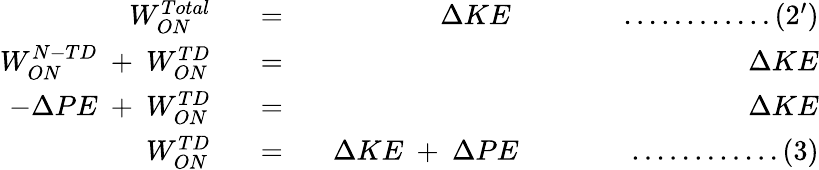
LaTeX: \begin{array}{rlr}{W_{ON}^{Total}}&{\space\space=\space\space}&{\Delta KE\qquad\qquad............(2^{\prime})}\\ {W_{ON}^{N-TD}\space+\space W_{ON}^{TD}}&{\space\space=\space\space}&{\Delta KE}\\ {-\Delta PE\space+\space W_{ON}^{TD}}&{\space\space=\space\space}&{\Delta KE}\\ {W_{ON}^{TD}}&{\space\space=\space\space}&{\Delta KE\space+\space\Delta PE\qquad\qquad............(3)}\end{array}